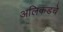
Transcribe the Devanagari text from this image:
अलिकडचे